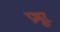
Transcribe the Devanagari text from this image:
प्रभूर